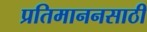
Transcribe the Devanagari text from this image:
प्रतिमाननसाठी